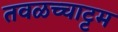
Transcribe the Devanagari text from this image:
तवळच्चाट्टम